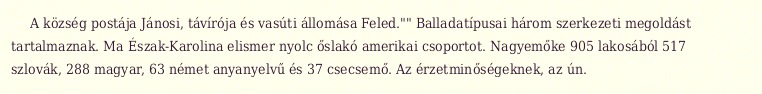
A község postája Jánosi, távírója és vasúti állomása Feled."" Balladatípusai három szerkezeti megoldást tartalmaznak. Ma Észak-Karolina elismer nyolc őslakó amerikai csoportot. Nagyemőke 905 lakosából 517 szlovák, 288 magyar, 63 német anyanyelvű és 37 csecsemő. Az érzetminőségeknek, az ún.